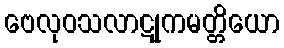
ဗေလုဝသလာဋုကမတ္တိယော